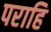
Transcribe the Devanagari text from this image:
पराहि